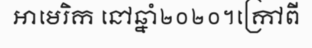
អាមេរិក នៅឆ្នាំ២០២០។ក្រៅពី